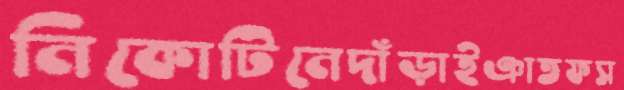
নিকোটিনেদাঁড়াইঞাতফস